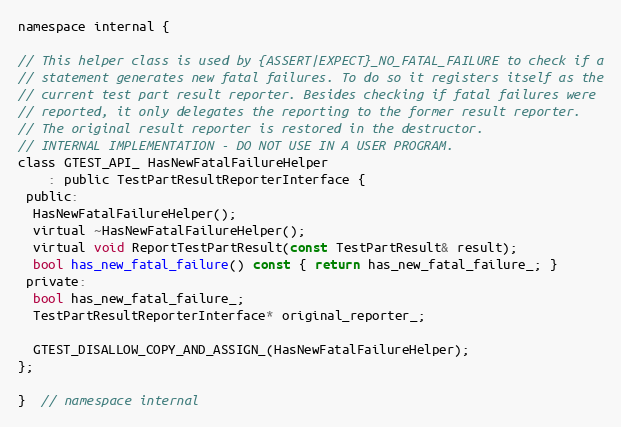
Language: C
namespace internal {

// This helper class is used by {ASSERT|EXPECT}_NO_FATAL_FAILURE to check if a
// statement generates new fatal failures. To do so it registers itself as the
// current test part result reporter. Besides checking if fatal failures were
// reported, it only delegates the reporting to the former result reporter.
// The original result reporter is restored in the destructor.
// INTERNAL IMPLEMENTATION - DO NOT USE IN A USER PROGRAM.
class GTEST_API_ HasNewFatalFailureHelper
    : public TestPartResultReporterInterface {
 public:
  HasNewFatalFailureHelper();
  virtual ~HasNewFatalFailureHelper();
  virtual void ReportTestPartResult(const TestPartResult& result);
  bool has_new_fatal_failure() const { return has_new_fatal_failure_; }
 private:
  bool has_new_fatal_failure_;
  TestPartResultReporterInterface* original_reporter_;

  GTEST_DISALLOW_COPY_AND_ASSIGN_(HasNewFatalFailureHelper);
};

}  // namespace internal